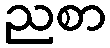
ညစာ